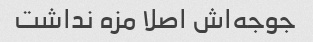
جوجه‌اش اصلا مزه نداشت